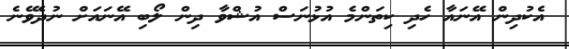
އެކުދިން އޭނައާ ހެދި ކިތަންމެ އުޅުނަސް އުޝްވާ ދިން ލޯބި އޭނައަށް ނުދެވޭނެ